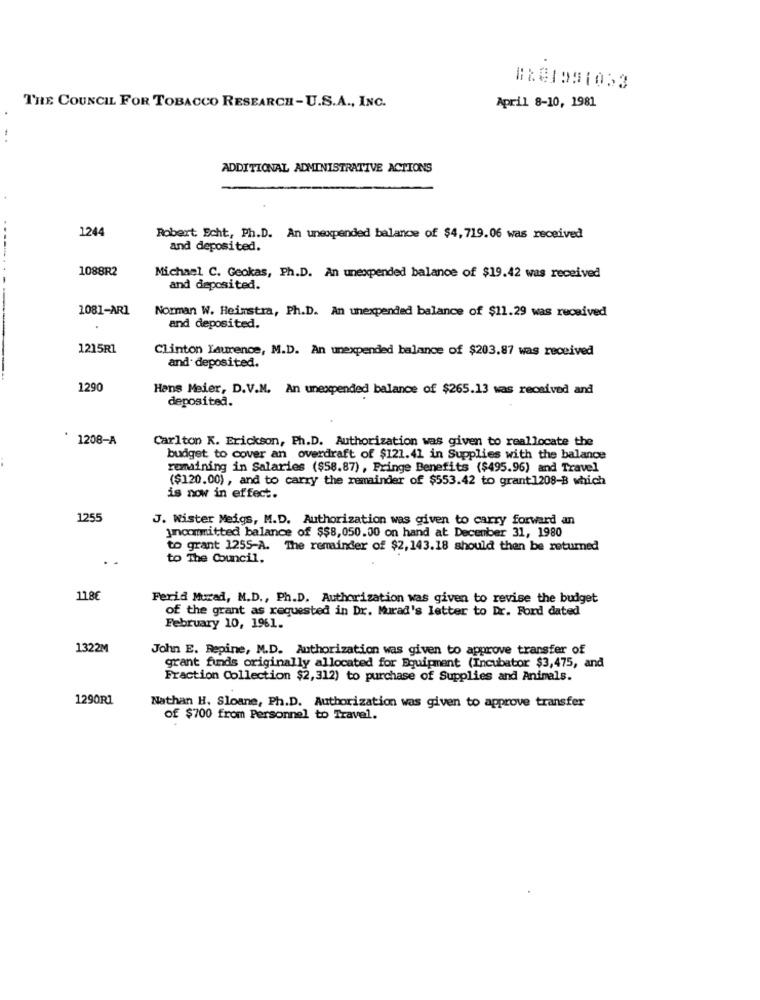
THE COUNCIL FOR TOBACCO RESEARCH-U.S.A ., INC.
April 8-10, 1981
ADDITIONAL ADMINISTRATIVE ACTIONS
1244
...
Robert Echt, Ph.D. An unexpended balance of $4, 719.06 was received
and deposited.
1088R2
Michael C. Geokas, Ph.D. An unexpended balance of $19.42 was received
and deposited.
1081-AR1
Norman W. Heimstra, Ph.D. An unexpended balance of $11.29 was received
and deposited.
1215R1
Clinton Laurence, M.D. An unexpended balance of $203.87 was received
and deposited.
1290
Hans Meier, D.V.M. An unexpended balance of $265.13 was received and
deposited.
1208-A
Carlton K. Erickson, Ph.D. Authorization was given to reallocate the
budget to cover an overdraft of $121.41 in Supplies with the balance
remaining in Salaries ($58.87), Fringe Benefits ($495.96) and Travel
($120.00), and to carry the remainder of $553.42 to grant1208-B which
is now in effect.
1255
J. Wister Meigs, M.D. Authorization was given to carry forward an
uncommitted balance of $$8,050.00 on hand at December 31, 1980
to grant 1255-A. The remainder of $2,143.18 should then be returned
to The Council.
11.8€
Feria Murad, M.D ., Ph.D. Authorization was given to revise the budget
of the grant as requested in Dr. Murad's letter to Dr. Ford dated
February 10, 1961.
1322M
John E. Repine, M.D. Authorization was given to approve transfer of
grant funds originally allocated for Equipment (Incubator $3,475, and
Fraction Collection $2,312) to purchase of Supplies and Animals.
1290R1
Nathan H. Sloane, Ph.D. Authorization was given to approve transfer
of $700 from Personnel to Travel.